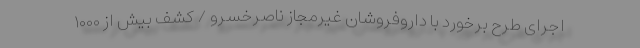
اجرای طرح برخورد با داروفروشان غیرمجاز ناصرخسرو / کشف بیش از ۱۰۰۰